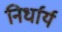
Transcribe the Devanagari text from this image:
निर्धार्य